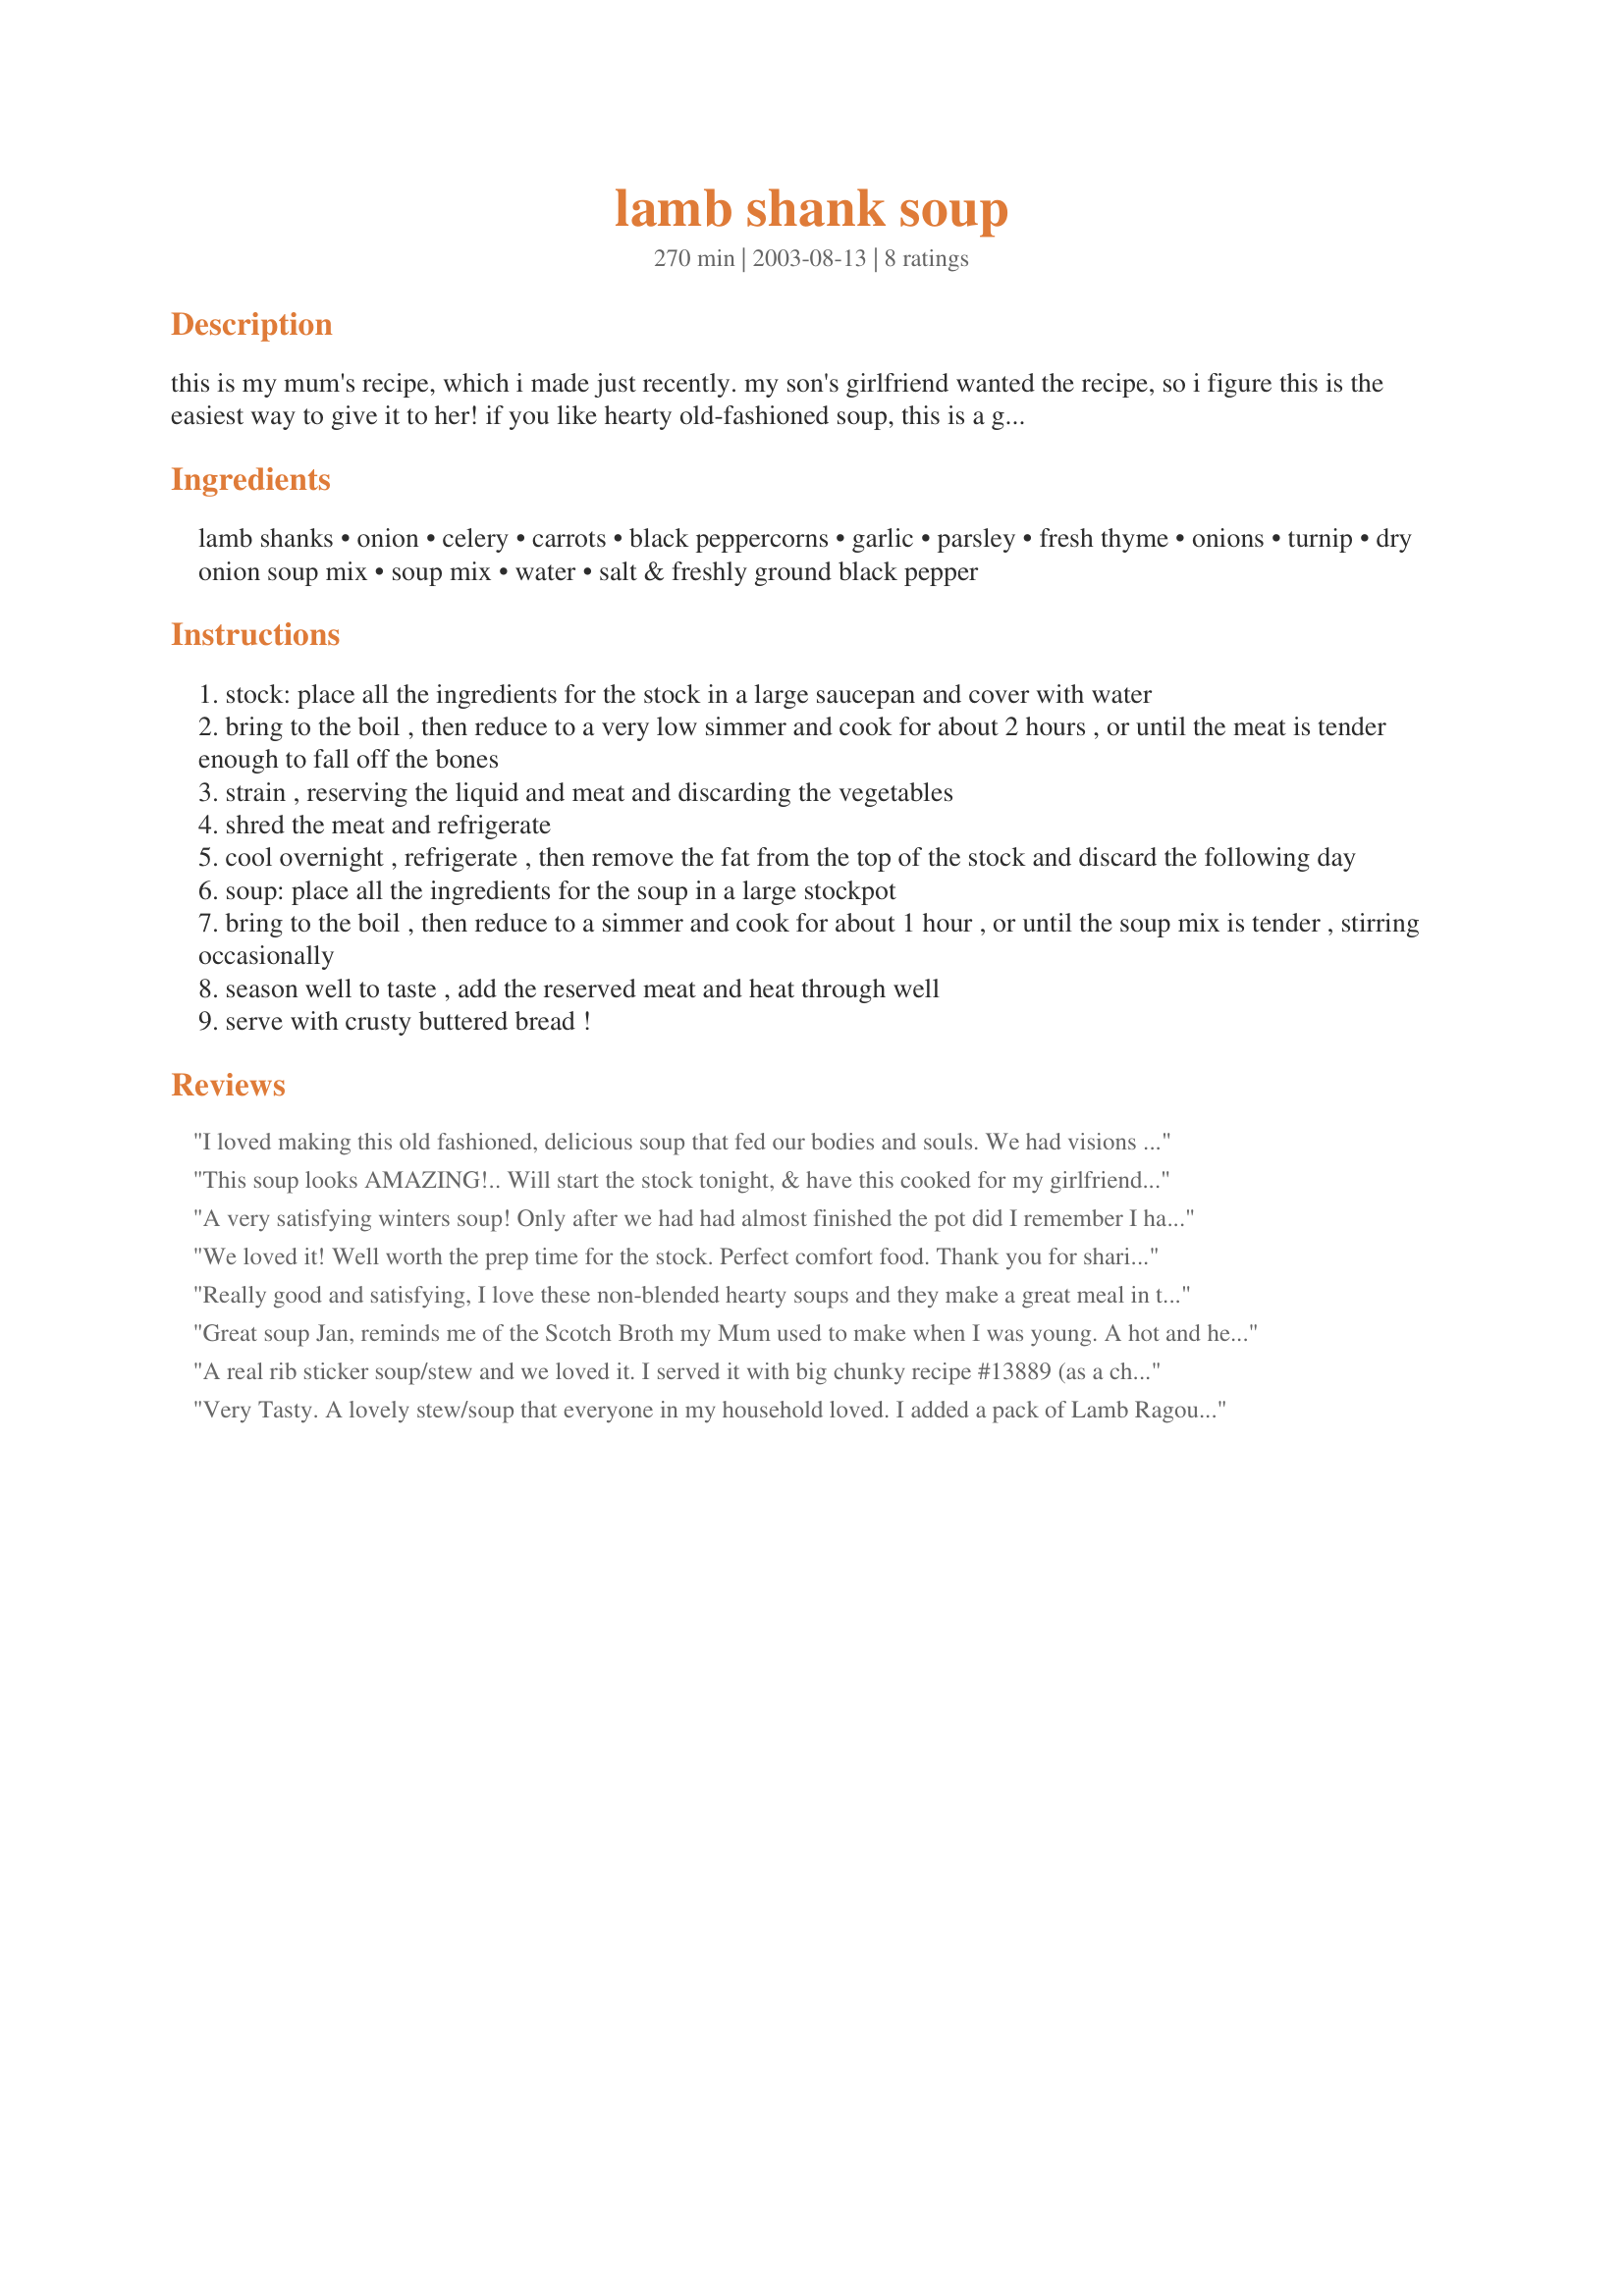
lamb shank soup
Preparation time: 270 minutes

this is my mum's recipe, which i made just recently. my son's girlfriend wanted the recipe, so i figure this is the easiest way to give it to her! if you like hearty old-fashioned soup, this is a good stick-to-your-ribs one! cook time includes making the stock, then next day, the soup, but not the sitting overnight!

Ingredients:
lamb shanks, onion, celery, carrots, black peppercorns, garlic, parsley, fresh thyme, onions, turnip, dry onion soup mix, soup mix, water, salt & freshly ground black pepper

Steps:
stock: place all the ingredients for the stock in a large saucepan and cover with water
bring to the boil , then reduce to a very low simmer and cook for about 2 hours , or until the meat is tender enough to fall off the bones
strain , reserving the liquid and meat and discarding the vegetables
shred the meat and refrigerate
cool overnight , refrigerate , then remove the fat from the top of the stock and discard the following day
soup: place all the ingredients for the soup in a large stockpot
bring to the boil , then reduce to a simmer and cook for about 1 hour , or until the soup mix is tender , stirring occasionally
season well to taste , add the reserved meat and heat through well
serve with crusty buttered bread !

Reviews:
I loved making this old fashioned, delicious soup that fed our bodies and souls. We had visions of being transported to the Outback living in wilder, yet simplier times. I did not vary too much from this recipe except to add less water to the soup since my DH likes a thick, chunky soup. I loved the turnips, and cubed them before I noticed that I should have grated them. They were wonderful cubed and I recommend doing that.
The leftovers are in the freezer and we can't wait. Thanks JanS!
This soup looks AMAZING!..
Will start the stock tonight, & have this cooked for my girlfriend tomorrow night.

Thanx
A very satisfying winters soup! Only after we had had almost finished the pot did I remember I had forgotton to add the onion soup mix...will use it next time but it was delightful and flavoursome even with out it.
We loved it! Well worth the prep time for the stock. Perfect comfort food. Thank you for sharing Jan!
Really good and satisfying, I love these non-blended hearty soups and they make a great meal in themselves. Only small change I made was I used part of a side of lamb so just used 2 shanks plus a few of ther other small cuts that amounted to about the same amount of meat.
Great soup Jan, reminds me of the Scotch Broth my Mum used to make when I was young.
A hot and hearty soup, I served with crusty rolls.
A real rib sticker soup/stew and we loved it. I served it with big chunky recipe #13889 (as a change from crusty bread) and we (the DM, DS and myself) thoroughly enjoyed. Thank you Jan, made for Edition 5- Make My Recipe - a game of tag.
Very Tasty. A lovely stew/soup that everyone in my household loved. I added a pack of Lamb Ragout flavour mix instead of the onion soup and it was very awesome.
